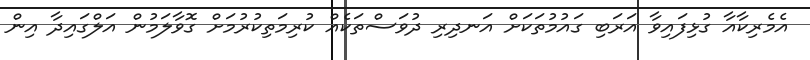
އެމެރިކާއާ ގުޅިފައިވާ އަރަބި ގައުމުތަކަށް އަނދިރި ދުވަސްތަކެއް ކުރިމަތިކުރުމަށް ގޮވާލަމުން އަލްގައިދާ އިން